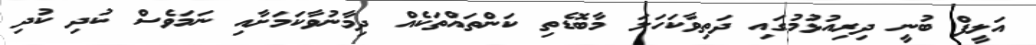
އަލީފް ބުނީ ދިރިއުޅުމުގައި ދަތިވާކަހަލަ މާބޮޑެތި ކަންތައްތަކެއް ދިމާނުވާކަމަށާއި ނަމަވެސް ކުދި ކުދި